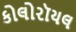
કોલોરૉયલ